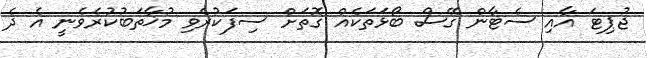
ޖުޕިޓަ އާއި ސެޓާން ގޭސް ބޯޅަތަކެއް ގޮތަށް ސިފަކުރެވި މުޚާތަބުކުރެވެނީ އެ ދެ